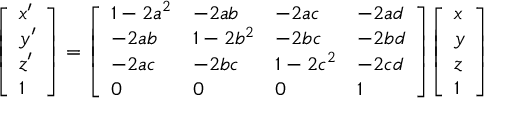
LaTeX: { \left[ \begin{array} { l } { x ^ { \prime } } \\ { y ^ { \prime } } \\ { z ^ { \prime } } \\ { 1 } \end{array} \right] } = { \left[ \begin{array} { l l l l } { 1 - 2 a ^ { 2 } } & { - 2 a b } & { - 2 a c } & { - 2 a d } \\ { - 2 a b } & { 1 - 2 b ^ { 2 } } & { - 2 b c } & { - 2 b d } \\ { - 2 a c } & { - 2 b c } & { 1 - 2 c ^ { 2 } } & { - 2 c d } \\ { 0 } & { 0 } & { 0 } & { 1 } \end{array} \right] } { \left[ \begin{array} { l } { x } \\ { y } \\ { z } \\ { 1 } \end{array} \right] }